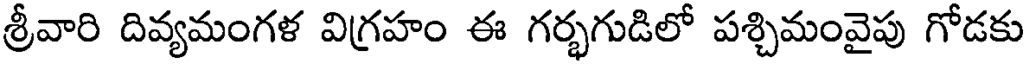
శ్రీవారి దివ్యమంగళ విగ్రహం ఈ గర్భగుడిలో పశ్చిమంవైపు గోడకు